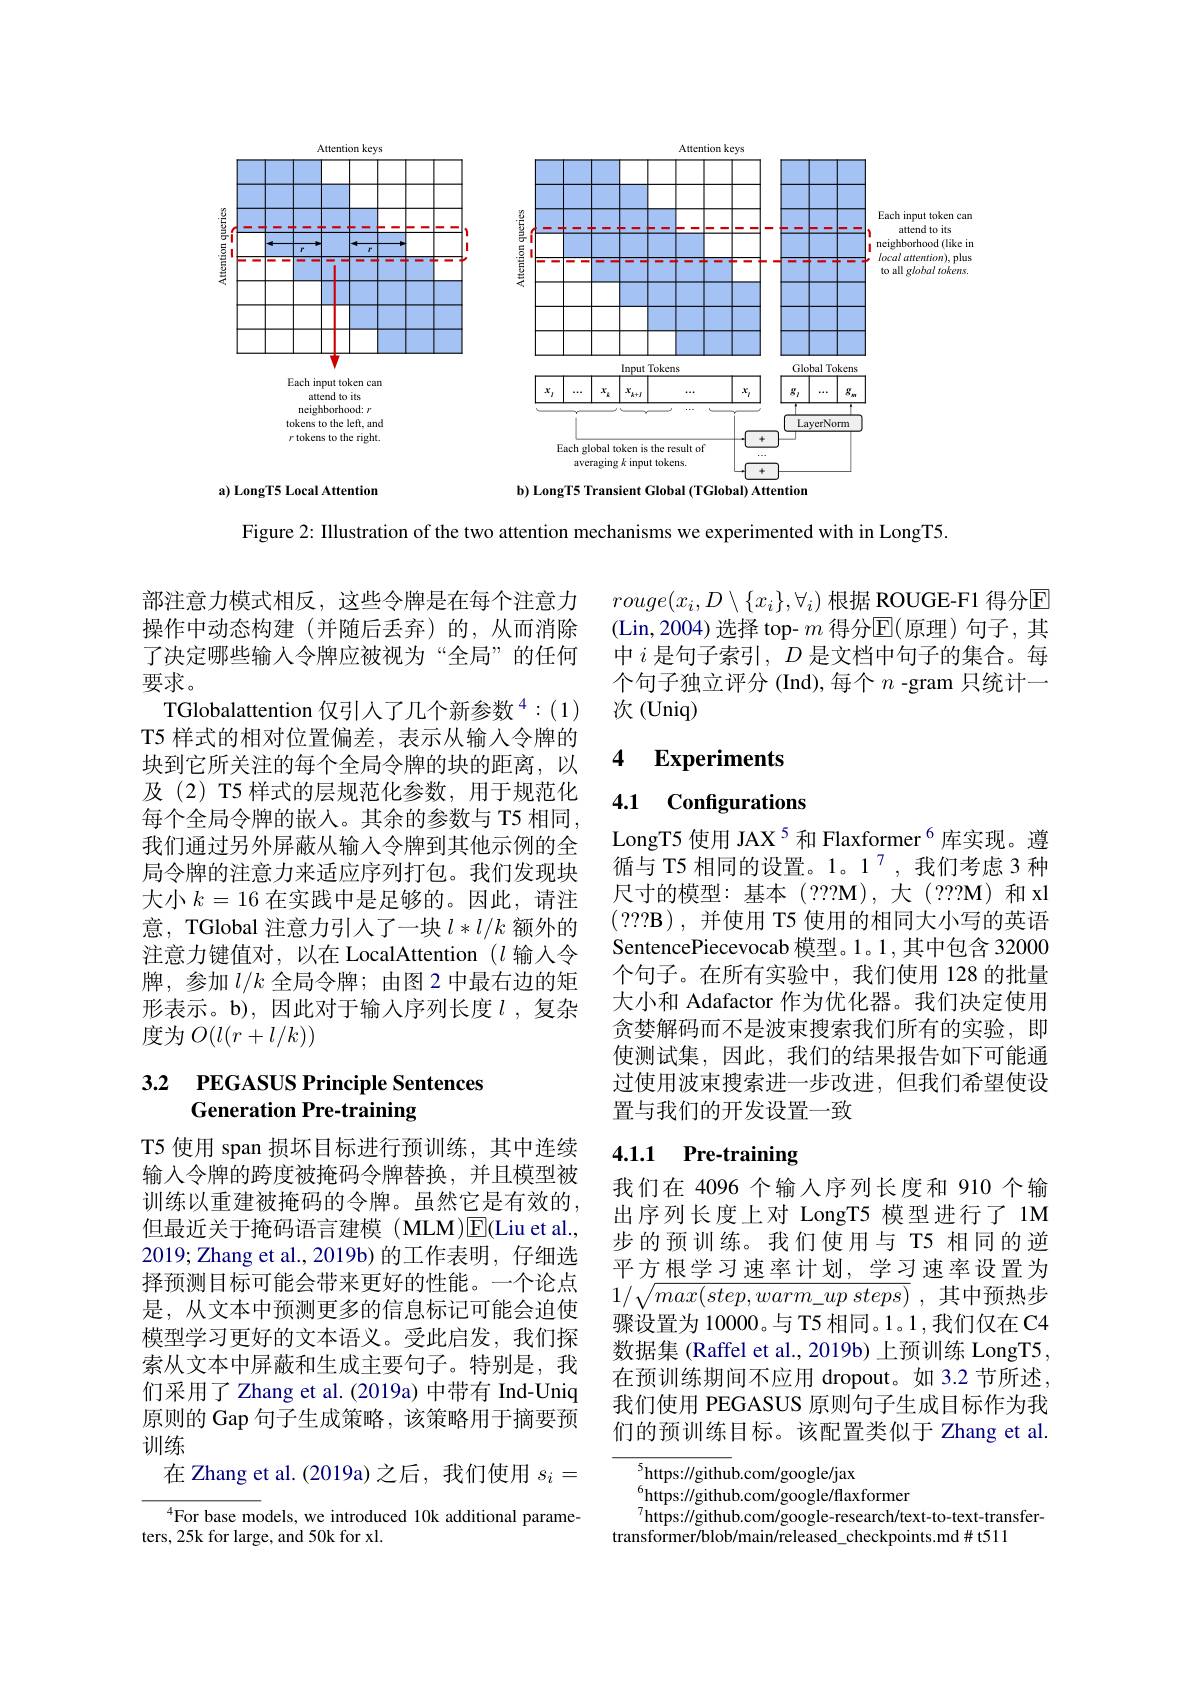
I can $,\mathbf{plus}$
<FigureHere>

a) LongT5 Local Attention
b) LongT5 Transient Global (TGlobal) Attention

Figure 2: Illustration of the two attention mechanisms we experimented with in LongT5.

$rouge(x_i,D\setminus\{x_i\},\forall_i)$ 根据 ROUGE-F1 得分$\mathbb{E}$ (Lin,2004)选择 top- $m$ 得分$\mathbb{E}($原理)句子，其中$i$是句子索引$,D$是文档中句子的集合。每个句子独立评分 (Ind),每个$n$ -gram 只统计一次 (Uniq)

## 4 $\textbf{Experiments}$

4.1 Configurations

部注意力模式相反，这些令牌是在每个注意力操作中动态构建(并随后丢弃)的，从而消除了决定哪些输入令牌应被视为“全局”的任何要求。
TGlobalattention 仅引入了几个新参数$^4:(1)$ T5 样式的相对位置偏差，表示从输入令牌的块到它所关注的每个全局令牌的块的距离，以及(2) T5 样式的层规范化参数，用于规范化每个全局令牌的嵌入。其余的参数与 T5 相同， 我们通过另外屏蔽从输入令牌到其他示例的全局令牌的注意力来适应序列打包。我们发现块大小$k=16$在实践中是足够的。因此，请注意，TGlobal 注意力引人了一块$l*l/k$额外的注意力键值对，以在 LocalAttention $(l$输入令牌，参加$l/k$全局令牌；由图 2 中最右边的矩形表示。b),因此对于输入序列长度$l$,复杂度为$O(l(r+l/k))$

LongT5 使用 JAX$^{5}$ 和 Flaxformer$^{6}$库实现。遵循与 T5 相同的设置。1。1$^{7}$,我们考虑 3 种尺寸的模型：基本(???M),大(???M)和xl ( ? ? ? B) , 并使用 T5 使用的相同大小写的英语SentencePiecevocab 模型。1。1,其中包含 32000个句子。在所有实验中，我们使用 128 的批量大小和 Adafactor 作为优化器。我们决定使用贪婪解码而不是波束搜索我们所有的实验，即使测试集，因此，我们的结果报告如下可能通过使用波束搜索进一步改进，但我们希望使设置与我们的开发设置一致

## 3.2 PEGASUS Principle Sentences Generation Pre-training

### 4.1.1 Pre-training

我们在 4096 个输入序列长度和 910 个输出序列长度上对 LongT5 模型进行了 1M 步的预训练。我们使用与 T5 相同的逆平方根学习速率计划，学习速率设置为$1/ \sqrt {max( step, warm\_ up\:steps) }$ ,其中预热步骤设置为 10000。与 T5 相同。1。1,我们仅在 C4数据集 (Raffel et al., 2019b) 上预训练 LongT5, 在预训练期间不应用 dropout。如 3.2 节所述我们使用 PEGASUS 原则句子生成目标作为我们的预训练目标。该配置类似于 Zhang et al.

T5 使用 span 损坏目标进行预训练，其中连续输入令牌的跨度被掩码令牌替换，并且模型被训练以重建被掩码的令牌。虽然它是有效的， 但最近关于掩码语言建模(MLM)$\underline{\mathrm{E}}($Liu et al., 2019; Zhang et al., 2019b) 的工作表明 , 仔细选择预测目标可能会带来更好的性能。一个论点是，从文本中预测更多的信息标记可能会迫使模型学习更好的文本语义。受此启发，我们探索从文本中屏蔽和生成主要句子。特别是，我们采用了 Zhang et al.(2019a) 中带有 Ind-Uniq 原则的 Gap 句子生成策略，该策略用于摘要预训练
在 Zhang et al.(2019a)之后，我们使用$s_i=$ $^{4}$For base models, we introduced 10k additional parame-

$^{5}$https://github.com/google/jax
$^{6}$https://github.com/google/flaxformer
$^{7}$https://github.com/google-research/text-to-text-transfer-
transformer/blob/main/released_checkpoints.md#t511

ters, 25k for large, and 50k for xl.